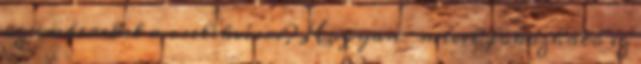
az embereket a cselekvésre? Hogyan mivel fokozható ez